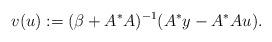
LaTeX: \begin{align*} v(u) := (\beta + A^*A)^{-1}(A^* y - A^*Au). \end{align*}